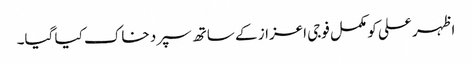
اظہر علی کو مکمل فوجی اعزاز کے ساتھ سپرد خاک کیا گیا۔